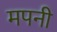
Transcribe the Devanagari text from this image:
मपनी